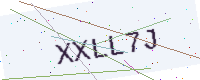
Text: XXLL7J